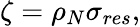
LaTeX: \zeta=\rho_{N}\sigma_{res},